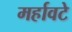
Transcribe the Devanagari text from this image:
मर्हावटे